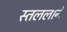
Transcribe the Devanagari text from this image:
स्तललोने